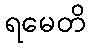
ရမေတိ